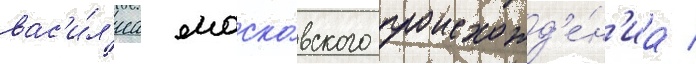
вас'и́л'иа моско́вского происхожд'е́н'иа /